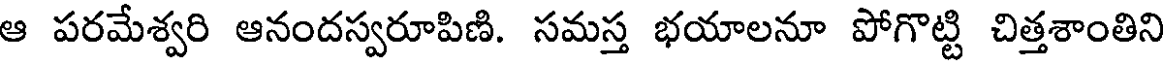
ఆ పరమేశ్వరి ఆనందస్వరూపిణి. సమస్త భయాలనూ పోగొట్టి చిత్తశాంతిని